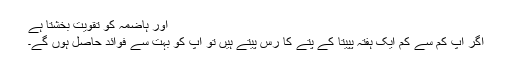
اور ہاضمہ کو تقویت بخشتا ہے
اگر آپ کم سے کم ایک ہفتہ پپیتا کے پتے کا رس پیتے ہیں تو آپ کو بہت سے فوائد حاصل ہوں گے۔